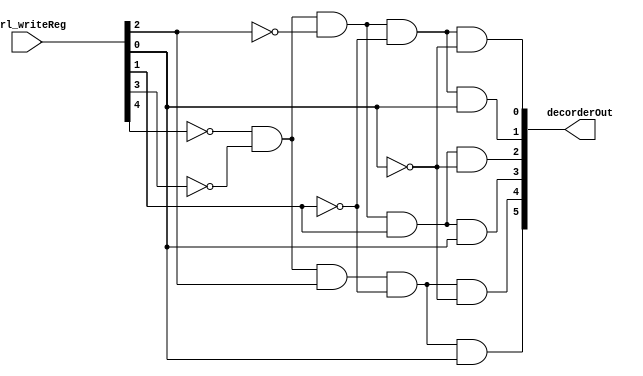
module aluopcodebits(
input [4:0] ctrl_writeReg,
	output [5:0] decorderOut);
	
	wire [4:0] ctrl_writeReg_NOT;
	
	genvar i;
	generate 
		for (i=0;i<5;i=i+1)
		begin: write_ctrl_nots
		not wirtectrlnots (ctrl_writeReg_NOT[i],ctrl_writeReg[i]);		
		end
	endgenerate

	and o5 (decorderOut[5],ctrl_writeReg_NOT[4],ctrl_writeReg_NOT[3],ctrl_writeReg[2],ctrl_writeReg_NOT[1],ctrl_writeReg[0]); //sra
	and o4 (decorderOut[4],ctrl_writeReg_NOT[4],ctrl_writeReg_NOT[3],ctrl_writeReg[2],ctrl_writeReg_NOT[1],ctrl_writeReg_NOT[0]); //sll
	and o3 (decorderOut[3],ctrl_writeReg_NOT[4],ctrl_writeReg_NOT[3],ctrl_writeReg_NOT[2],ctrl_writeReg[1],ctrl_writeReg[0]); //or
	and o2 (decorderOut[2],ctrl_writeReg_NOT[4],ctrl_writeReg_NOT[3],ctrl_writeReg_NOT[2],ctrl_writeReg[1],ctrl_writeReg_NOT[0]); //and
	and o1 (decorderOut[1],ctrl_writeReg_NOT[4],ctrl_writeReg_NOT[3],ctrl_writeReg_NOT[2],ctrl_writeReg_NOT[1],ctrl_writeReg[0]);//sub
	and o0 (decorderOut[0],ctrl_writeReg_NOT[4],ctrl_writeReg_NOT[3],ctrl_writeReg_NOT[2],ctrl_writeReg_NOT[1],ctrl_writeReg_NOT[0]);//add
endmodule